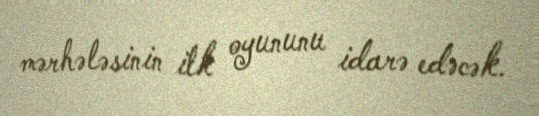
mərhələsinin ilk oyununu idarə edəcək.